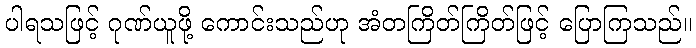
ပါရသဖြင့် ဂုဏ်ယူဖို့ ကောင်းသည်ဟု အံတကြိတ်ကြိတ်ဖြင့် ပြောကြသည်။